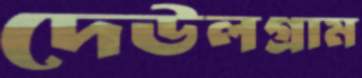
দেউলগ্রাম